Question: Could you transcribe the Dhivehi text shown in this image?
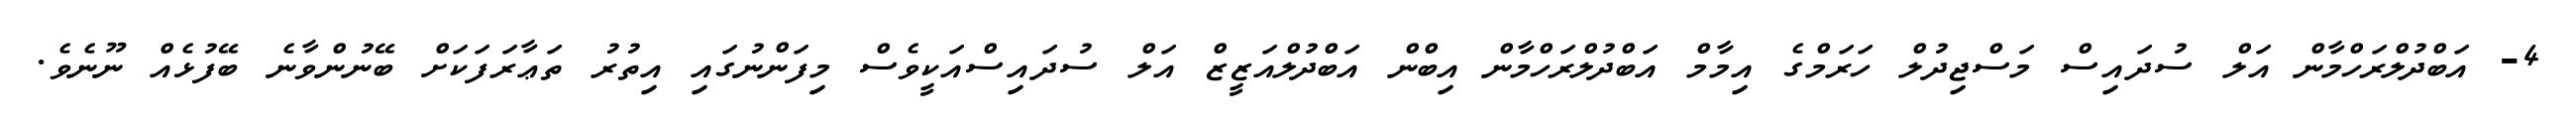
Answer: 4- އަބްދުލްރަހްމާން އަލް ސުދައިސް މަސްޖިދުލް ހަރަމްގެ އިމާމް އަބްދުލްރަހްމާން އިބްން އަބްދުލްއަޒީޒް އަލް ސުދައިސްއަކީވެސް މިފަންނުގައި އިތުރު ތަޢާރަފަކަށް ބޭނުންވާނެ ބޭފުޅެއް ނޫނެވެ.